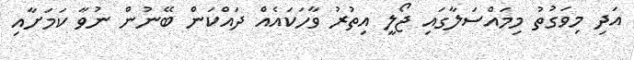
އަދި މިވަގުތު މިމައްސަލާގައި ޖޯލީ އިތުރު ވާހަކައެއް ދައްކަން ބޭނުން ނުވާ ކަަމަށާއި